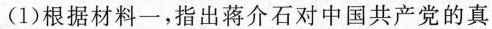
(1)根据材料一，指出蒋介石对中国共产党的真